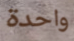
واحدة